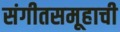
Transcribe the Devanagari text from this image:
संगीतसमूहाची